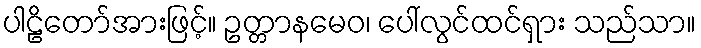
ပါဠိတော်အားဖြင့်။ ဥတ္တာနမေဝ၊ ပေါ်လွင်ထင်ရှား သည်သာ။